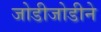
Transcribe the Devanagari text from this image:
जोडीजोडीने